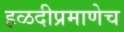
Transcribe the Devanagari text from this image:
हळदीप्रमाणेच